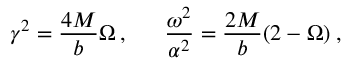
\gamma ^ { 2 } = \frac { 4 M } { b } \Omega \: , \: \: \: \: \: \: \: \frac { \omega ^ { 2 } } { \alpha ^ { 2 } } = \frac { 2 M } { b } ( 2 - \Omega ) \: ,